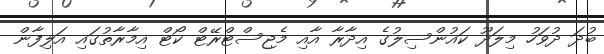
ބުދަ ދުވަހު މިލަދޫ ކައުންސިލުގެ އިދާރާ އާއި މެޖިސްޓްރޭޓް ކޯޓް އިމާރާތުގައި އަލިފާން